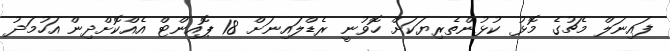
ފައިނަލް މެޗުގެ މޮޅު ކުޅުންތެރިޔަކަށް ހޮވުނީ ރެޑްލައިނަށް 18 ޕޮއިންޓް އެއްކޮށްދިން އަހުމަދު